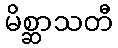
မိစ္ဆာသတီ